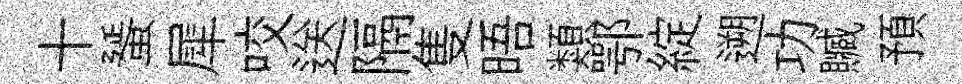
十蜑犀咬送隔隻晤類鄂綻遡功贓預